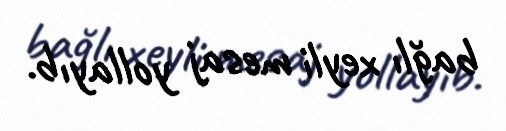
bağlı xeyli mesaj yollayıb.